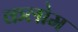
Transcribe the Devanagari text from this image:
कलोम